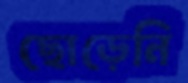
ছোড়েনি